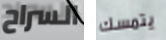
السراح يتمسك